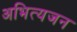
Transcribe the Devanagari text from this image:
अभित्यजन